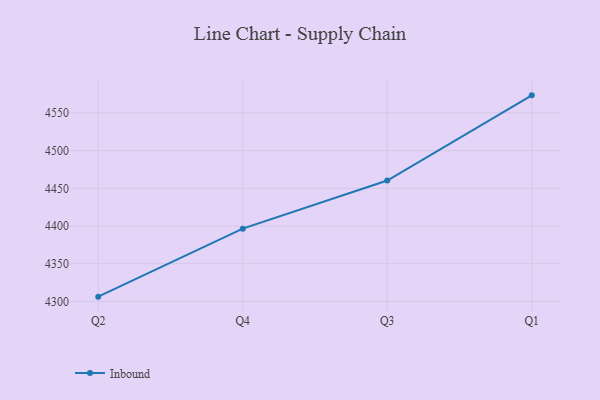
{"axis": {"x": "Quarter", "y": "LTV (USD)"}, "legend": ["Inbound"], "data": [{"x": "Q2", "y": 4306.4, "type": "Inbound"}, {"x": "Q4", "y": 4396.5, "type": "Inbound"}, {"x": "Q3", "y": 4460.3, "type": "Inbound"}, {"x": "Q1", "y": 4573.2, "type": "Inbound"}]}